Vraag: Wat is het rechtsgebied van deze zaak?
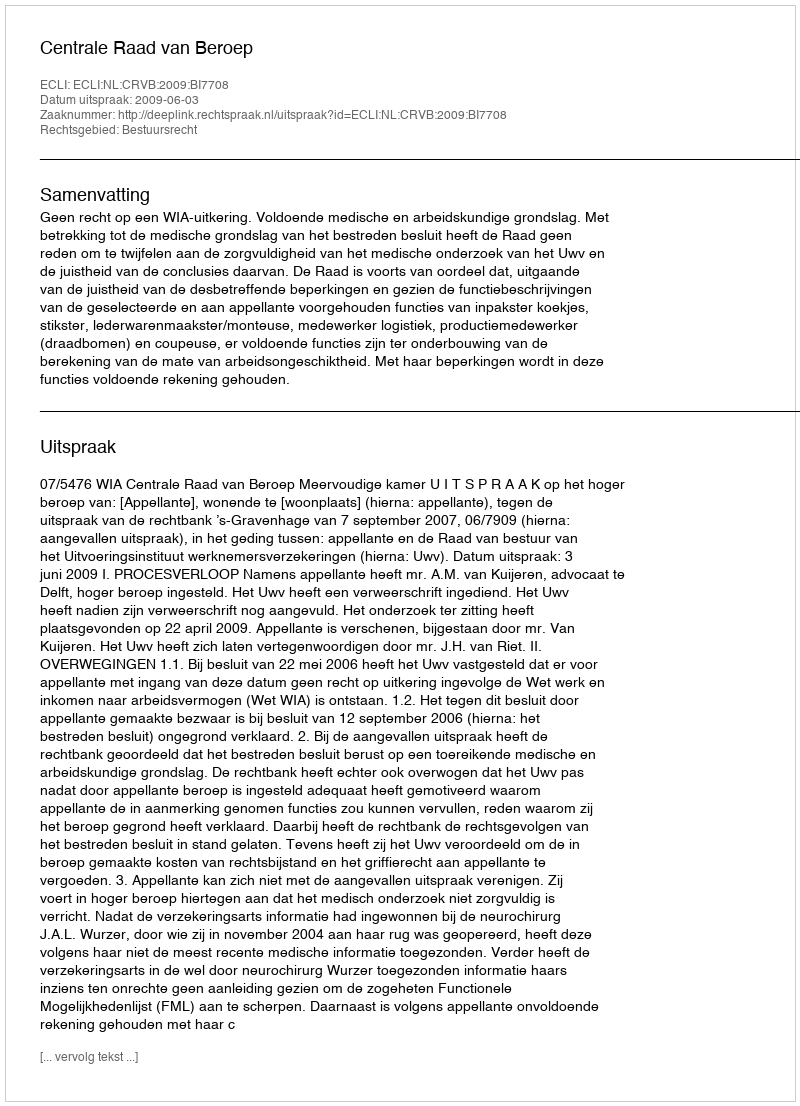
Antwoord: Bestuursrecht